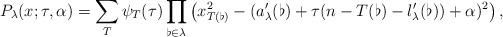
LaTeX: \begin{align*}P_\lambda(x;\tau,\alpha)=\sum_T\psi_T(\tau)\prod_{\flat\in\lambda}\left(x_{T(\flat)}^2-(a'_\lambda(\flat)+\tau(n-T(\flat)-l'_\lambda(\flat))+\alpha)^2\right),\end{align*}